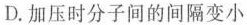
D.加压时分子间的间隔变小